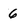
Character: 6